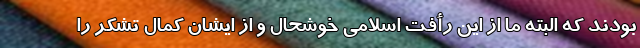
بودند که البته ما از این رأفت اسلامی خوشحال و از ایشان کمال تشکر را